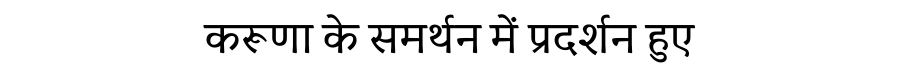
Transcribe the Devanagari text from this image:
करूणा के समर्थन में प्रदर्शन हुए